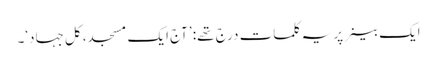
ایک بینر پر یہ کلمات درج تھے: ’آج ایک مسجد، کل جہاد‘۔